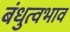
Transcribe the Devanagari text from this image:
बंधुत्वभाव